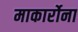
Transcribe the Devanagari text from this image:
माकार्रोना